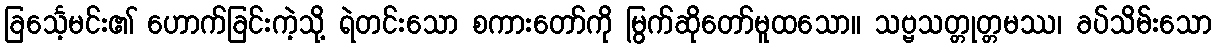
ခြင်္သေ့မင်း၏ ဟောက်ခြင်းကဲ့သို့ ရဲတင်းသော စကားတော်ကို မြွက်ဆိုတော်မူထသော။ သဗ္ဗသတ္တုတ္တမဿ၊ ခပ်သိမ်းသော